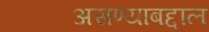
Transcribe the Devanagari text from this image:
असण्याबद्दाल